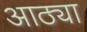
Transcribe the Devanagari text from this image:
आठ्या